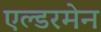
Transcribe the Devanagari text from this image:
एल्डरमेन